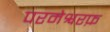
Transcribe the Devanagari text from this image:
परमेश्वरफ़